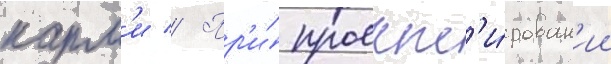
карм'и // Пр'и́ проект'и́рован'ии